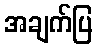
အချက်ပြ